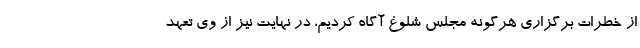
از خطرات برگزاری هرگونه مجلس شلوغ آگاه کردیم، در نهایت نیز از وی تعهد